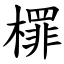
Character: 檌